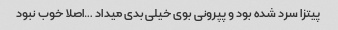
پیتزا سرد شده بود و پپرونی بوی خیلی بدی میداد …اصلا خوب نبود